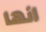
انها